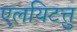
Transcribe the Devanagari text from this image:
एलयिटत्तु